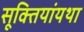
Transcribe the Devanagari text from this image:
सूक्तियांयथा